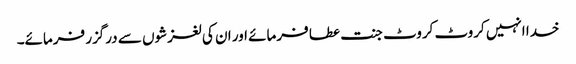
خدا انہیں کروٹ کروٹ جنت عطا فرمائے اور ان کی لغزشوں سے درگزر فرمائے۔